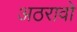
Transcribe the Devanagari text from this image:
अठरावो